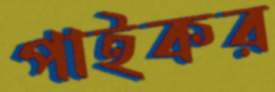
পাইকর